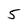
Character: 5